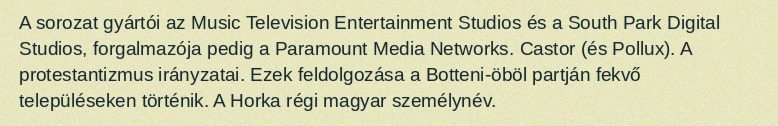
A sorozat gyártói az Music Television Entertainment Studios és a South Park Digital Studios, forgalmazója pedig a Paramount Media Networks. Castor (és Pollux). A protestantizmus irányzatai. Ezek feldolgozása a Botteni-öböl partján fekvő településeken történik. A Horka régi magyar személynév.